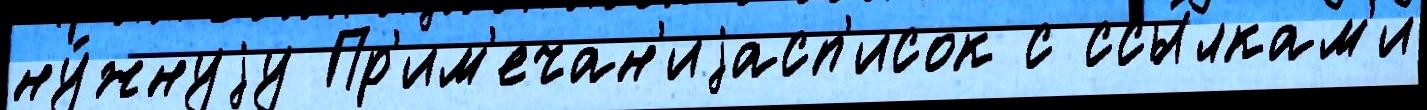
ну́жнуjу Пр'им'ечан'иjасп'исок с ссы́лкам'и